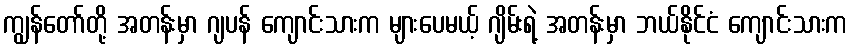
ကျွန်တော်တို့ အတန်းမှာ ဂျပန် ကျောင်းသားက များပေမယ့် ဂျိမ်းရဲ့ အတန်းမှာ ဘယ်နိုင်ငံ ကျောင်းသားက